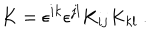
LaTeX: K = \epsilon ^ { i k } \epsilon ^ { j l } K _ { i j } K _ { k l } \ .